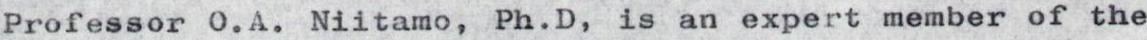
Professor O.A. Niitamo, Ph.D, is an expert member of the